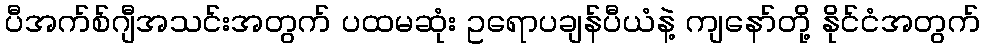
ပီအက်စ်ဂျီအသင်းအတွက် ပထမဆုံး ဥရောပချန်ပီယံနဲ့ ကျနော်တို့ နိုင်ငံအတွက်